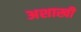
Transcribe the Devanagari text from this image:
अशाखी